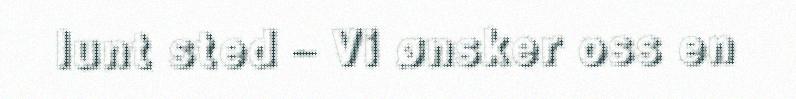
lunt sted – Vi ønsker oss en